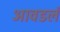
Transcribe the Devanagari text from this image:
आवडलं